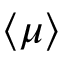
\langle \mu \rangle